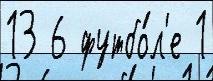
13 6 футбо́л'е 1